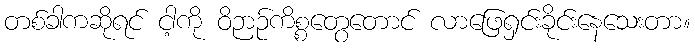
တစ်ခါကဆိုရင် ငါ့ကို ဝိဉာဉ်ကိစ္စတွေတောင် လာဖြေရှင်းခိုင်းနေသေးတာ။